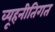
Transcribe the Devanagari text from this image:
व्यूहनीतिगत